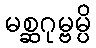
မစ္ဆဂုမ္ဗမ္ပိ